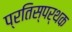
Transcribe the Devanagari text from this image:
प्रतिस्पर्थक